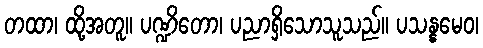
တထာ၊ ထို့အတူ။ ပဏ္ဍိတော၊ ပညာရှိသောသူသည်။ ပသန္နမေဝ၊